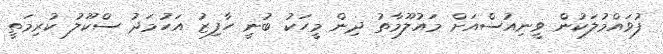
ފުވައްމުލަކުން ވީނިއުސްއަށް މައުލޫމާތު ދިން މީހަކު ބުނީ ހާފިޒު އަހުމަދު ސްކޫލު ކުރިމަތީ